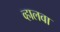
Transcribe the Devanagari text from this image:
व्हालवा